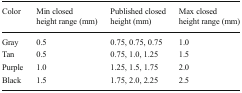
<table><thead><tr><td><b>Color</b></td><td><b>Min closed height range (mm)</b></td><td><b>Published closed height (mm)</b></td><td><b>Max closed height range (mm)</b></td></tr></thead><tbody><tr><td>Gray</td><td>0.5</td><td>0.75, 0.75, 0.75</td><td>1.0</td></tr><tr><td>Tan</td><td>0.5</td><td>0.75, 1.0, 1.25</td><td>1.5</td></tr><tr><td>Purple</td><td>1.0</td><td>1.25, 1.5, 1.75</td><td>2.0</td></tr><tr><td>Black</td><td>1.5</td><td>1.75, 2.0, 2.25</td><td>2.5</td></tr></tbody></table>